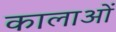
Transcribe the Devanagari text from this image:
कालाओं